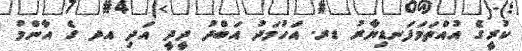
ކުރީގެ އުއްތަމަފަނޑިޔާރު ޑރ. އަހުމަދު އަބްްދު ދީދީ އަދި އދ ގެ އާންމު